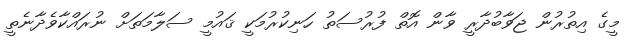
މީގެ އިތުރުން ޖަވާބުދާރީ ވާން އޮތް ފުރުސަތު ހަނިކުރުމަކީ ޤައުމީ ސަލާމަތަށް ނުރައްކާވެދާނެތީ